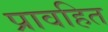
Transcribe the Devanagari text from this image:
प्रावहित